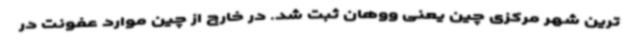
ترین شهر مرکزی چین یعنی ووهان ثبت شد. در خارج از چین موارد عفونت در